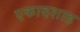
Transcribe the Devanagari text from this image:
एकादशाह